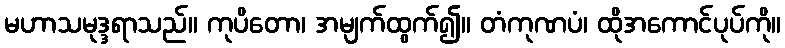
မဟာသမုဒ္ဒရာသည်။ ကုပိတော၊ အမျက်ထွက်၍။ တံကုဏပံ၊ ထိုအကောင်ပုပ်ကို။